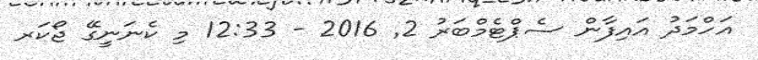
އަހްމަދު އައިފާން ސެޕްޓެމްބަރު 2